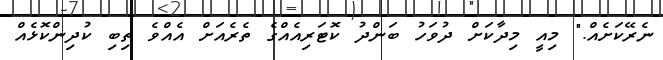
ނެރޭކަށެއް." މިއީ މިދާކަށް ދުވަހު ބަންދު ކޮޓަރިއެއްގެ ތެރެއަށް އެއްވެ ތިބި ކުދިންކޮޅެއް